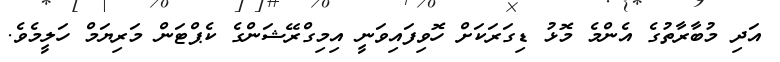
އަދި މުބާރާތުގެ އެންމެ މޮޅު ޑިގަރަކަށް ހޮވިފައިވަނީ އިމިގްރޭޝަންގެ ކެޕްޓަން މަރިޔަމް ހަލީމެވެ.